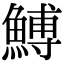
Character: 𩹲